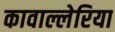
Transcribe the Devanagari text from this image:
कावाल्लेरिया